Annual statistical returns and brief notes on vaccination in Bengal - 1887-1898
Year: 1887
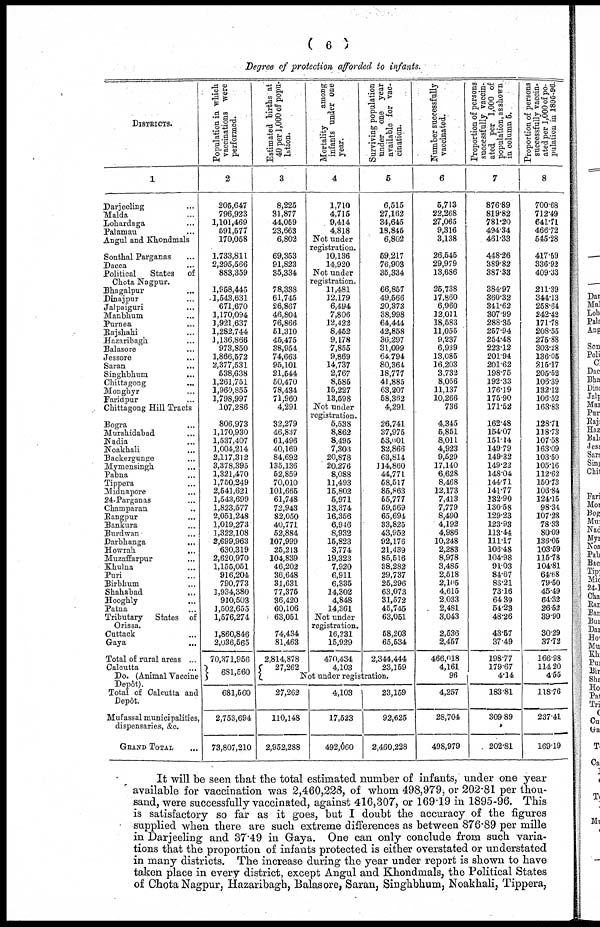
( 6 )
Degree of protection afforded to infants.
DISTRICTS.
1
Darjeeling ...
Malda ...
Lohardaga ...
Palamau ...
Angul and Khondmals
Sonthal Parganas ...
Dacca ...
Political
States of
Chota Nagpur.
Bhagalpur ...
Dinajpur ...
Jalpaiguri ...
Manbhum ...
Purnea ...
Rajskahi ...
Hazaribagh ...
Balasore ...
Jessore ...
Saran ...
Singhbhum ...
Chittagong ...
Monghyr ...
Faridpur ...
Chittagong Hill Tracts
Bogra ...
Murshidabad ...
Nadia ...
Noakhali ...
Backergunge ...
Mymensingh ...
Pabna ...
Tippera ...
Midnapore ...
24-Parganas ...
Champaran ...
Bangpur ...
Bankura ...
Burdwan ...
Darbhanga ...
Howrah
...
Muzaffarpur ...
Khulna ...
Puri ...
Birbhum ...
Shahabad
...
Hooghly ...
Patna ...
Tributary States of
Orissa.
Cuttack ...
Gaya ...
Total of rural areas ...
Calcutta ...
Do. (Animal Vaccine
Depôt)
Total of Calcutta and
Depôt.
Mufassal municipalities,
dispensaries, &c.
GRAND TOTAL ...
Population in which
vaccinations were
performed.
2
205,647
796,923
1,101,469
591,577
170,058
1,733,811
2,295,566
883,359
1,958,445
1,543,631
671,670
1,170,094
3,921,637
1,282,744
3,136,866
973,850
1,866,572
2,377,531
538,638
1,261,751
1,960,855
1,798,997
107,286
806,973
1,170,930
1,537,407
1,004,214
2,117,312
3,378,395
1,321,470
1,750,249
2,541,621
1,543,699
1,823,577
2,051,248
1,019,273
1,322,108
2,699,963
630,319
2,620,970
1,155,051
916,204
790,773
1,934,380
910,503
1,502,655
1,576,274
1,860,846
2,036,565
70,371,956
681,560
681,560
2,753,694
73,807,210
Estimated births at
40 per 1,000 of popu-
lation.
3
8,225
31,877
44,059
23,663
6,802
69,353
91,823
35,334
78,338
61,745
26,867
46,804
76,866
51,310
45,475
38,954
74,663
95,101
21,544
50,470
78,434
71,960
4,291
32,279
46,837
61,496
40,169
84,692
135,136
52,859
70,010
101,665
61,748
72,943
82,050
40,771
52,884
107,999
25,213
104,839
46,202
36,648
31,631
77,375
36,420
60,106
63,051
74,434
81,463
2,814,878
27,262
Mortality
among
infants under one
year.
4
1,710
4,715
9,414
4,818
Not under
registration.
10,136
14,920
Not under
registration.
11,481
12,179
6,494
7,806
12,422
8,452
9,178
7,855
9,869
14,737
2,767
8,585
15,227
13,598
Not under
registration.
5,538
8,862
8,495
7,303
20,878
20,276
8,088
11,493
15,802
5,971
13,374
16,356
6,946
8,932
15,823
3,774
19,323
7,920
6,911
6,335
14,302
4,848
14,361
Not under
registration.
16,231
15,929
470,434
4,103
Surviving population
under one year
available for vac-
cination.
5
6,515
27,162
34,645
18,845
6,802
59,217
76,903
35,334
66,857
49,566
20,373
38,998
64,444
42,858
36,297
31,099
64,794
80,364
18,777
41,885
63,207
58,362
4,291
26,741
37,975
53,001
32,866
63,814
114,860
44,771
58,517
85,863
55,777
59,569
65,694
33,825
43,952
92,176
21,439
85,516
38,282
29,737
25,296
63,073
31,572
45,745
63,051
58,203
55,534
2,344,444
23,159
Not under registration.
27,262
110,148
2,952,288
4,103
17,523
492,060
23,159
92,625
2,460,228
Number successfully
vaccinated.
6
5,713
22,268
27,065
9,316
3,138
26,545
29,979
13,686
25,738
17,860
6,960
12,011
18,583
11,055
9,237
6,939
13,085
16,203
3,732
8,056
11,137
10,266
736
4,345
5,851
8,011
4,923
9,529
17,140
6,628
8,468
12,173
7,413
7,779
8,490
4,192
4,986
10,248
2,283
8,978
3,485
2,518
2,105
4,615
2,033
2,481
3,043
2,536
2,457
466,018
4,161
96
4,257
28,704
498,979
Proportion of persons
successfully vaccin-
ated per 1,000 of
population, as shown
in column 5.
7
876.89
819.82
781.20
494.34
461.33
448.26
389.82
387.33
384.97
360.32
341.62
307.99
288.35
257.94
254.48
223.12
201.94
201.62
198.75
192.33
176.19
175.90
171.52
162.48
154.07
151.14
149.79
149.32
149.22
148.04
144.71
141.77
132.90
130.58
129.23
123.93
113.44
111.17
106.48
104.98
91.03
84.67
83.21
73.16
64.39
54.23
48.26
43.57
37.49
198.77
179.67
4.14
183.81
309.89
202.81
Proportion of persons
successfully vaccin-
ated per 1,000 of po-
pulation in 1895-96.
8
700.68
712.49
641.71
466.72
545.28
417.59
336.92
409.33
211.39
344.13
258.64
242.42
171.78
208.55
275.88
303.28
136.05
215.17
205.52
106.39
132.12
106.52
163.83
128.71
118.73
107.58
163.09
103.50
105.16
112.62
150.73
106.84
124.15
98.34
107.28
78.33
80.09
136.05
103.59
115.78
104.81
64.68
79.50
45.49
64.32
26.52
39.90
30.29
37.72
166.98
114.20
4.55
118.76
237.41
169.19
It .will be seen that the total estimated number of infants, under one year
available for vaccination was 2,460,228, of whom 498,979, or 202.81 per thou-
sand, were successfully vaccinated, against 416,307, or 169.19 in 1895-96. This
is satisfactory so far as it goes, but I doubt the accuracy of the figures
supplied when there are such extreme differences as between 876.89 per mille
in Darjeeling and 37.49 in Gaya. One can only conclude from such varia-
tions that the proportion of infants protected is either overstated or understated
in many districts. The increase during the year under report is shown to have
taken place in every district, except Angul and Khondmals, the Political States
of Chota Nagpur, Hazaribagh, Balasore, Saran, Singhbhum, Noakhali, Tippera,